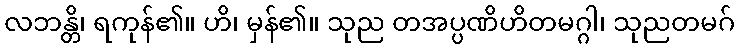
လဘန္တိ၊ ရကုန်၏။ ဟိ၊ မှန်၏။ သုည တအပ္ပဏိဟိတမဂ္ဂါ၊ သုညတမဂ်